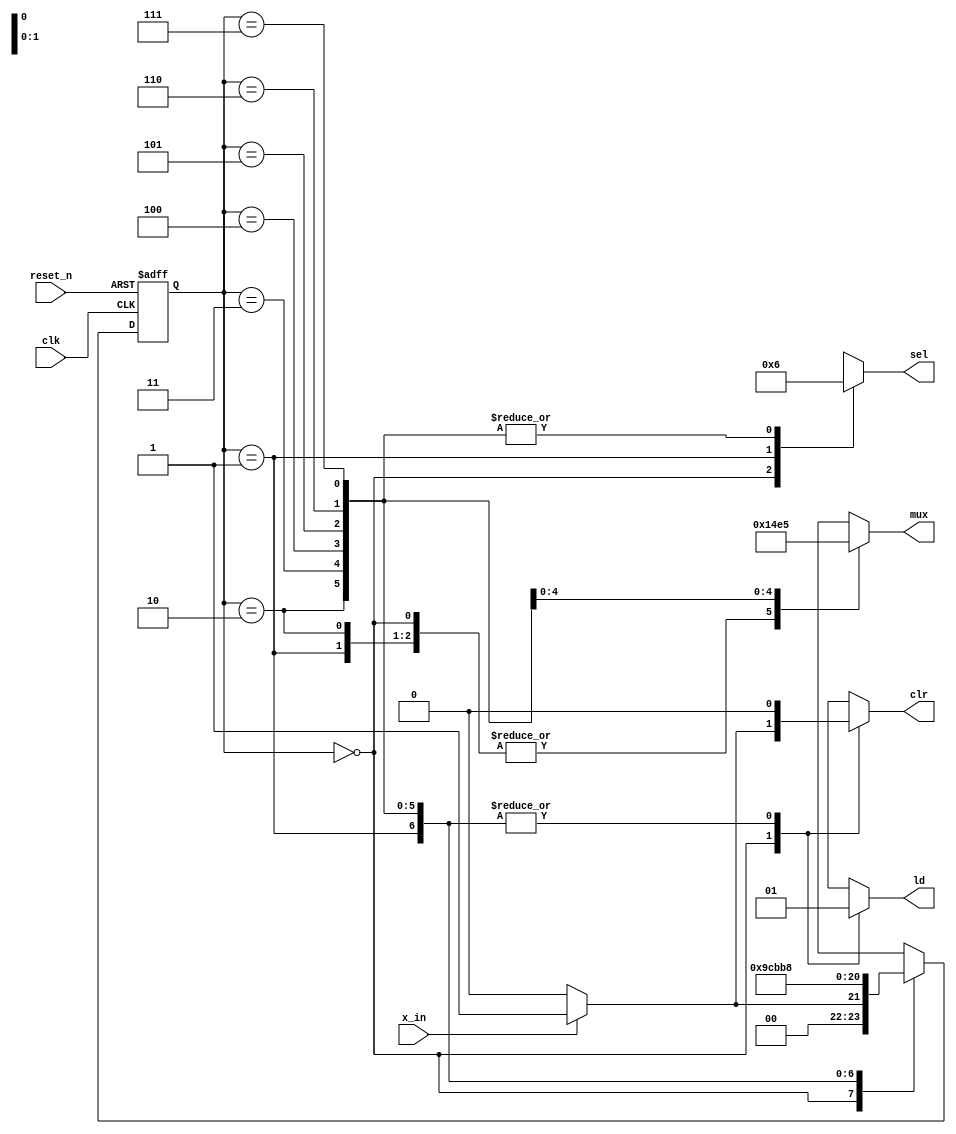

module fsm_template(reset_n, x_in, clk, clr, ld, mux, sel); 
    input  reset_n, x_in, clk; 
    output reg clr, ld;
    output reg [1:0] sel;
    output reg [2:0] mux;
     
    //- next state & present state variables
    reg [2:0] NS, PS; 
    //- bit-level state representations
    parameter [2:0] st_WAIT=3'b000, st_START=3'b001;
    parameter [2:0] st_SHIFT_0=3'b010, st_SHIFT_1=3'b011;
    parameter [2:0] st_SHIFT_2=3'b100, st_SHIFT_3=3'b101;
    parameter [2:0] st_SHIFT_4=3'b110, st_SHIFT_5=3'b111;
    
    //Set up internal wiring
    wire btn;
    assign btn = x_in;

    //- model the state registers
    always @ (negedge reset_n, posedge clk)
       if (reset_n == 0) 
          PS <= st_WAIT; 
       else
          PS <= NS;
    
    //- model the next-state and output decoders
    always @ (btn,PS)
    begin
        clr = 0; ld = 0; mux = 3'b000; sel = 2'b00; // assign all outputs
        case(PS)
            st_WAIT:
            begin
                ld = 0; mux = 3'b000; sel = 2'b00;
                if (btn == 0)
                    begin
                        clr = 0;
                        NS = st_WAIT;
                    end
                else
                    begin
                        clr = 1;
                        NS = st_START;
                    end
            end
            
            st_START:
            begin
                clr = 0; ld = 1; mux = 3'b000; sel = 2'b01;
                NS = st_SHIFT_0;
            end
            
            st_SHIFT_0:
            begin
                ld = 1; mux = 3'b000; sel = 2'b10;
                NS = st_SHIFT_1;
            end
            
            st_SHIFT_1:
            begin
                ld = 1; mux = 3'b001; sel = 2'b10;
                NS = st_SHIFT_2;
            end
            
            st_SHIFT_2:
            begin
                ld = 1; mux = 3'b010; sel = 2'b10;
                NS = st_SHIFT_3;
            end
            
            st_SHIFT_3:
            begin
                ld = 1; mux = 3'b011; sel = 2'b10;
                NS = st_SHIFT_4;
            end
            
            st_SHIFT_4:
            begin
                ld = 1; mux = 3'b100; sel = 2'b10;
                NS = st_SHIFT_5;
            end
            
            st_SHIFT_5:
            begin
                ld = 1; mux = 3'b101; sel = 2'b10;
                NS = st_WAIT;
            end
             
            default: NS = st_WAIT; 
            
        endcase
    end              
endmodule